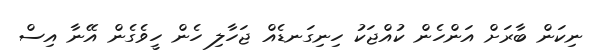
ނިކަން ބާރަށް އަންހެން ކުއްޖަކު ހިނިގަނޑެއް ޖަހާލި ހެން ހީވެގެން އޭނާ އިސް